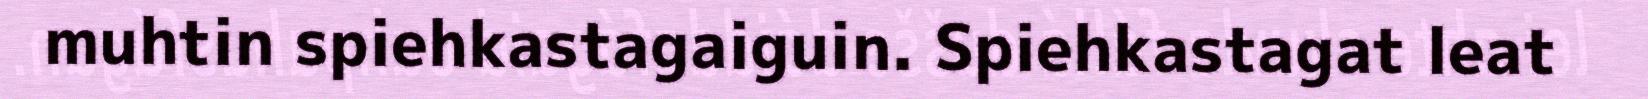
muhtin spiehkastagaiguin. Spiehkastagat leat